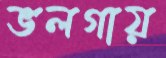
ভলগায়